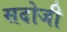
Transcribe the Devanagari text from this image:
सदोजी